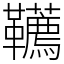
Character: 韉